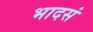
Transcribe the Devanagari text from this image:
भादसं